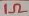
Text: 1Ω